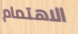
الاهتمام